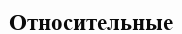
Относительные